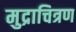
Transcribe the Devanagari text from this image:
मुद्राचित्रण